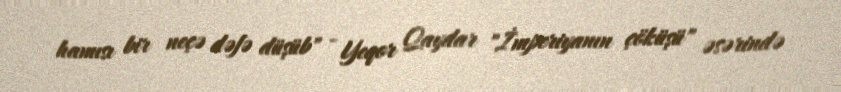
hamısı bir neçə dəfə düşüb" - Yeqor Qaydar "İmperiyanın çöküşü" əsərində